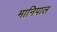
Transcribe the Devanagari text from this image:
मानिपाल